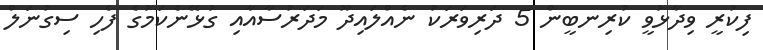
ފިކުރީ ވިދާޅުވީ ކުރިނބީން 5 ދަރިވަރަކު ނެއްލައިދޫ މަދަރުސާއާއި ގުޅޭނެކަމުގެ ފެހި ސިގުނަލް